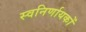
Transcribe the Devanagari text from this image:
स्वनिर्णायकों